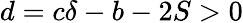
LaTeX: d=c\delta-b-2S>0